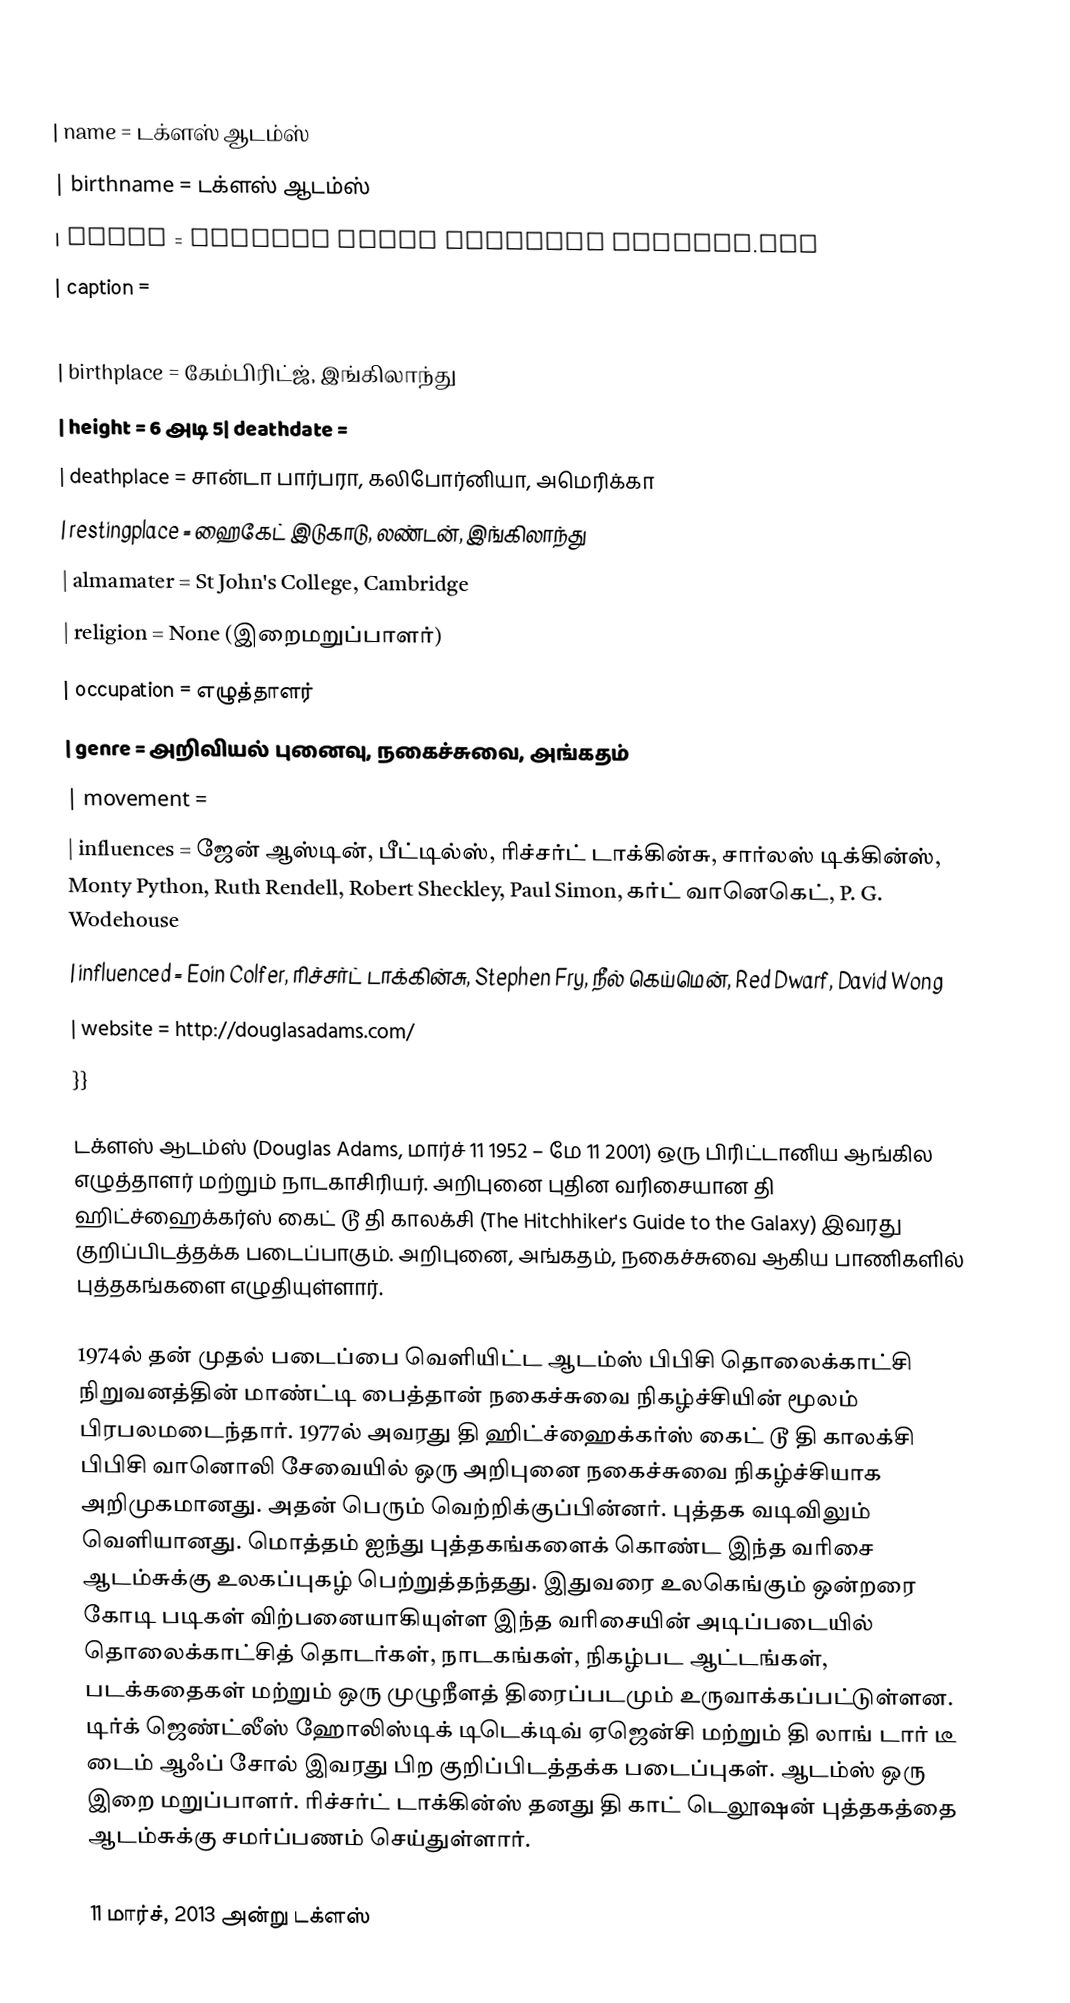
{{Infobox writer
| name = டக்ளஸ் ஆடம்ஸ்
| birthname = டக்ளஸ் ஆடம்ஸ்
| image = Douglas adams portrait cropped.jpg
| caption =
| birthdate =
| birthplace =  கேம்பிரிட்ஜ், இங்கிலாந்து
| height = 6 அடி 5| deathdate =
| deathplace =  சான்டா பார்பரா, கலிபோர்னியா, அமெரிக்கா
| restingplace = ஹைகேட் இடுகாடு, லண்டன், இங்கிலாந்து
| almamater = St John's College, Cambridge
| religion = None (இறைமறுப்பாளர்)
| occupation = எழுத்தாளர்
| genre = அறிவியல் புனைவு, நகைச்சுவை, அங்கதம்
| movement =
| influences = ஜேன் ஆஸ்டின், பீட்டில்ஸ், ரிச்சர்ட் டாக்கின்சு, சார்லஸ் டிக்கின்ஸ், Monty Python, Ruth Rendell, Robert Sheckley, Paul Simon, கர்ட் வானெகெட், P. G. Wodehouse
| influenced =  Eoin Colfer, ரிச்சர்ட் டாக்கின்சு, Stephen Fry, நீல் கெய்மென், Red Dwarf, David Wong
| website = http://douglasadams.com/
}}

டக்ளஸ் ஆடம்ஸ் (Douglas Adams, மார்ச் 11 1952 – மே 11 2001) ஒரு பிரிட்டானிய ஆங்கில எழுத்தாளர் மற்றும் நாடகாசிரியர். அறிபுனை புதின வரிசையான தி ஹிட்ச்ஹைக்கர்ஸ் கைட் டூ தி காலக்சி (The Hitchhiker's Guide to the Galaxy) இவரது குறிப்பிடத்தக்க படைப்பாகும். அறிபுனை, அங்கதம், நகைச்சுவை ஆகிய பாணிகளில் புத்தகங்களை எழுதியுள்ளார்.

1974ல் தன் முதல் படைப்பை வெளியிட்ட ஆடம்ஸ் பிபிசி தொலைக்காட்சி நிறுவனத்தின் மாண்ட்டி பைத்தான் நகைச்சுவை நிகழ்ச்சியின் மூலம் பிரபலமடைந்தார். 1977ல் அவரது தி ஹிட்ச்ஹைக்கர்ஸ் கைட் டூ தி காலக்சி பிபிசி வானொலி சேவையில் ஒரு அறிபுனை நகைச்சுவை நிகழ்ச்சியாக அறிமுகமானது. அதன் பெரும் வெற்றிக்குப்பின்னர். புத்தக வடிவிலும் வெளியானது. மொத்தம் ஐந்து புத்தகங்களைக் கொண்ட இந்த வரிசை ஆடம்சுக்கு உலகப்புகழ் பெற்றுத்தந்தது. இதுவரை உலகெங்கும் ஒன்றரை கோடி படிகள் விற்பனையாகியுள்ள இந்த வரிசையின் அடிப்படையில் தொலைக்காட்சித் தொடர்கள், நாடகங்கள், நிகழ்பட ஆட்டங்கள், படக்கதைகள் மற்றும் ஒரு முழுநீளத் திரைப்படமும் உருவாக்கப்பட்டுள்ளன. டிர்க் ஜெண்ட்லீஸ் ஹோலிஸ்டிக் டிடெக்டிவ் ஏஜென்சி மற்றும் தி லாங் டார் டீ டைம் ஆஃப் சோல் இவரது பிற குறிப்பிடத்தக்க படைப்புகள். ஆடம்ஸ் ஒரு இறை மறுப்பாளர். ரிச்சர்ட் டாக்கின்ஸ் தனது தி காட் டெலூஷன் புத்தகத்தை ஆடம்சுக்கு சமர்ப்பணம் செய்துள்ளார்.

11 மார்ச், 2013 அன்று டக்ளஸ்